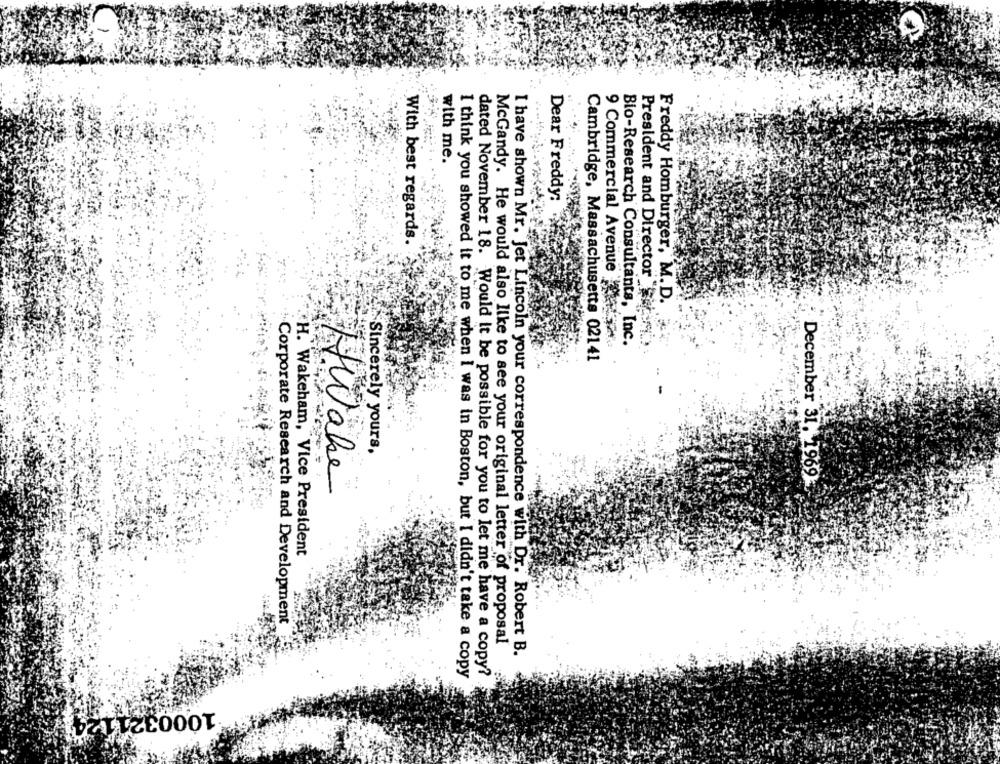
with me.
Dear Freddy:
With best regards.
Freddy Homburger, M.D.
Bio-Research Consultants, Inc.
President and Director "Saber
9 Commercial Avenue
Cambridge, Massachusetts 02141
Sincerely yours,
Wake
December 31. 1969-
H. Wakeham, Vice President
Corporate Research and Development
McGandy. He would also like to see your original letter of proposal
I have shown Mr. Jet Lincoln your correspondence with Dr. Robert B.
I think you showed it to me when I was in Boston, but I didn't take a copy
dated November 18. Would It be possible for you to let me have a copy?
1000321124